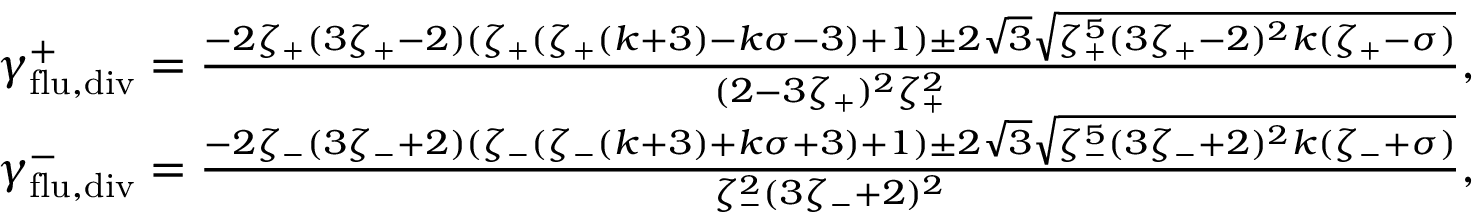
\begin{array} { r } { \gamma _ { \mathrm { f l u } , \mathrm { d i v } } ^ { + } = \frac { - 2 \zeta _ { + } ( 3 \zeta _ { + } - 2 ) ( \zeta _ { + } ( \zeta _ { + } ( k + 3 ) - k \sigma - 3 ) + 1 ) \pm 2 \sqrt { 3 } \sqrt { \zeta _ { + } ^ { 5 } ( 3 \zeta _ { + } - 2 ) ^ { 2 } k ( \zeta _ { + } - \sigma ) } } { ( 2 - 3 \zeta _ { + } ) ^ { 2 } \zeta _ { + } ^ { 2 } } , } \\ { \gamma _ { \mathrm { f l u } , \mathrm { d i v } } ^ { - } = \frac { - 2 \zeta _ { - } ( 3 \zeta _ { - } + 2 ) ( \zeta _ { - } ( \zeta _ { - } ( k + 3 ) + k \sigma + 3 ) + 1 ) \pm 2 \sqrt { 3 } \sqrt { \zeta _ { - } ^ { 5 } ( 3 \zeta _ { - } + 2 ) ^ { 2 } k ( \zeta _ { - } + \sigma ) } } { \zeta _ { - } ^ { 2 } ( 3 \zeta _ { - } + 2 ) ^ { 2 } } , } \end{array}